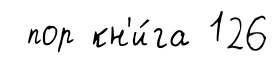
пор кн'и́га 126